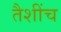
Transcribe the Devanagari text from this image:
तैशींच